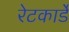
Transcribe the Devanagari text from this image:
रेटकार्डे